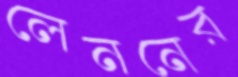
লেননের